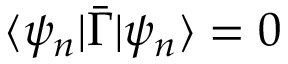
\langle \psi _ { n } | \bar { \Gamma } | \psi _ { n } \rangle = 0